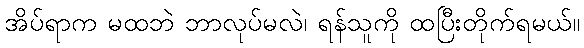
အိပ်ရာက မထဘဲ ဘာလုပ်မလဲ၊ ရန်သူကို ထပြီးတိုက်ရမယ်။